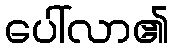
ပေါ်လာ၏